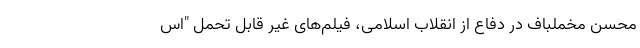
محسن مخملباف در دفاع از انقلاب اسلامی، فیلم‌های غیر قابل تحمل "اس